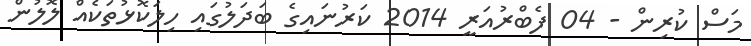
މަސް ކުރިން - 04 ފެބްރުއަރީ 2014 ކަރުނައިގެ ބަދަލުގައި ހިލަކޮޅުތަކެއް ލޮލުން